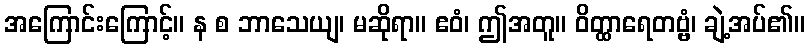
အကြောင်းကြောင့်။ န စ ဘာသေယျ၊ မဆိုရာ။ ဧဝံ၊ ဤအတူ။ ဝိတ္ထာရေတဗ္ဗံ၊ ချဲ့အပ်၏။